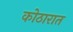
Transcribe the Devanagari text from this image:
कोठारात